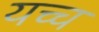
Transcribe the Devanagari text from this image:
यच्च